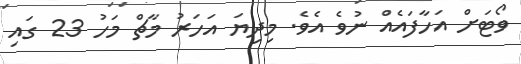
ވޯޓަށް އަހާފައެއް ނުވެ އެވެ. މިދިޔަ އަހަރު މާޗް މަހު 23 ގައި